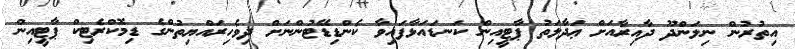
އިތުރުން ނިލަންދޫ ދާއިރާއަށް ޢަދާލަތު ޕާޓީއިން ކަނޑައަޅާފައިވާ ކެންޑިޑޭޓުންނަށް ދިވެހިރައްޔިތުންގެ ޑިމޮކްރެޓިކް ޕާޓީއިން